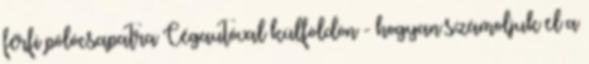
férfi pólócsapatra Cégautóval külföldön - hogyan számoljuk el a